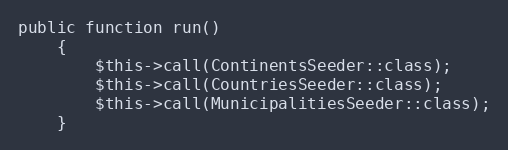
Language: PHP
public function run()
    {
        $this->call(ContinentsSeeder::class);
        $this->call(CountriesSeeder::class);
        $this->call(MunicipalitiesSeeder::class);
    }